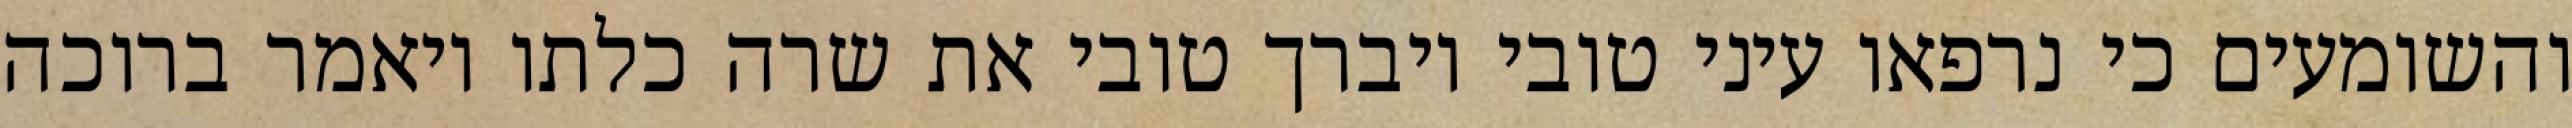
והשומעים כי נרפאו עיני טובי ויברך טובי את שרה כלתו ויאמר ברוכה